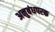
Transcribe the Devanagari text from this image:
अनुबंधपरक